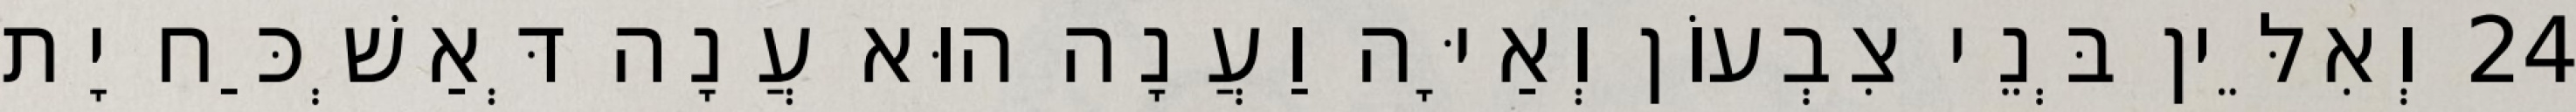
24 וְאִלֵּין בְּנֵי צִבְעוֹן וְאַיָּה וַעֲנָה הוּא עֲנָה דְּאַשְׁכַּח יָת